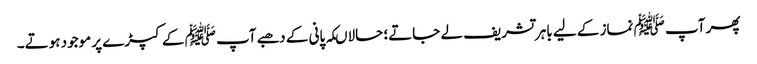
پھر آپ ﷺ نماز کے لیے باہر تشریف لے جاتے؛ حالاںکہ پانی کے دھبے آپ ﷺ کے کپڑے پر موجود ہوتے۔